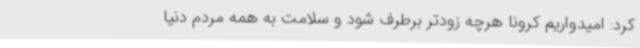
کرد: امیدواریم کرونا هرچه زودتر برطرف شود و سلامت به همه مردم دنیا